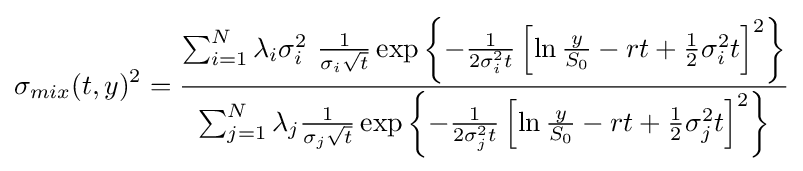
\sigma _{mix}(t,y)^{2}={\frac {\sum _{i=1}^{N}\lambda _{i}\sigma _{i}^{2}\ {\frac {1}{\sigma _{i}{\sqrt {t}}}}\exp \left\{-{\frac {1}{2\sigma _{i}^{2}t}}\left[\ln {\frac {y}{S_{0}}}-rt+{\tfrac {1}{2}}\sigma _{i}^{2}t\right]^{2}\right\}}{\sum _{j=1}^{N}\lambda _{j}{\frac {1}{\sigma _{j}{\sqrt {t}}}}\exp \left\{-{\frac {1}{2\sigma _{j}^{2}t}}\left[\ln {\frac {y}{S_{0}}}-rt+{\tfrac {1}{2}}\sigma _{j}^{2}t\right]^{2}\right\}}}